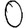
Digit: 0